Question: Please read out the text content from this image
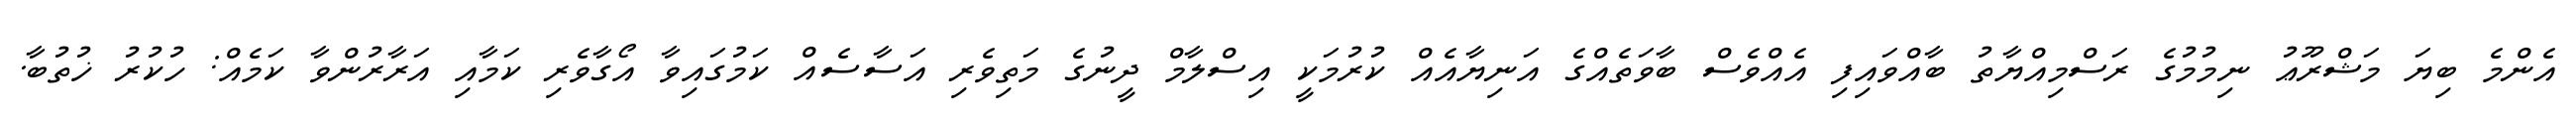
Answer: އެންމެ ބިޔަ މަޝްރޫޢު ނިމުމުގެ ރަސްމިއްޔާތު ބާއްވައިފި އެއްވެސް ބާވަތެއްގެ އަނިޔާއެއް ކުރުމަކީ އިސްލާމް ދީނުގެ މަތިވެރި އަސާސެއް ކަމުގައިވާ އޯގާވެރި ކަމާއި އަރާރުންވާ ކަމެއް: ހުކުރު ޚުތުބާ.